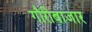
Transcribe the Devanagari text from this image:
गौरीबाजार